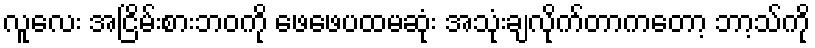
လူလေး အငြိမ်းစားဘဝကို ဖေဖေပထမဆုံး အသုံးချလိုက်တာကတော့ ဘာ့သ်ကို